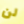
لن